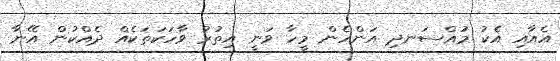
އެއާއި އެކު މުއްސަނދި އަންހެން މީހާ ވަނީ އިތުރު ވާހަކަތަކެއް ދެއްކުން އޭނާ